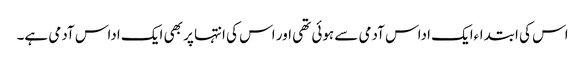
اس کی ابتداءایک اداس آدمی سے ہوئی تھی اور اس کی انتہا پر بھی ایک اداس آدمی ہے۔